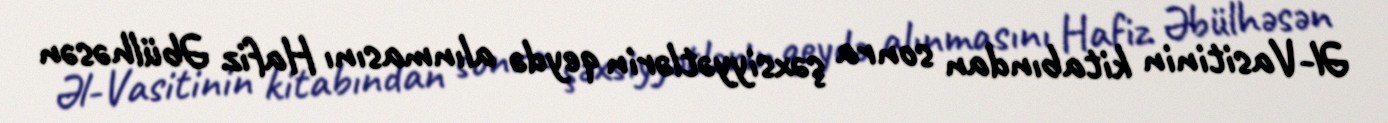
Əl-Vasitinin kitabından sonra şəxsiyyətlərin qeydə alınmasını Hafiz Əbülhəsən